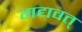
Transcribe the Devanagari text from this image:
गद्यवत्